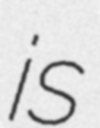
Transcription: is